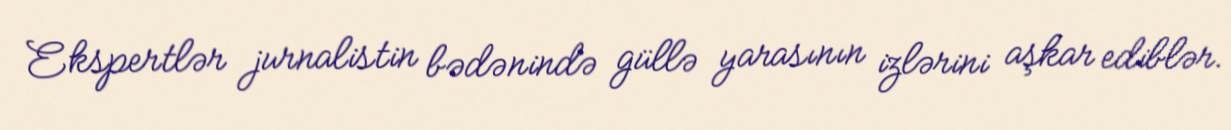
Ekspertlər jurnalistin bədənində güllə yarasının izlərini aşkar ediblər.